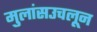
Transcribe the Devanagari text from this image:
मुलांसउचलून